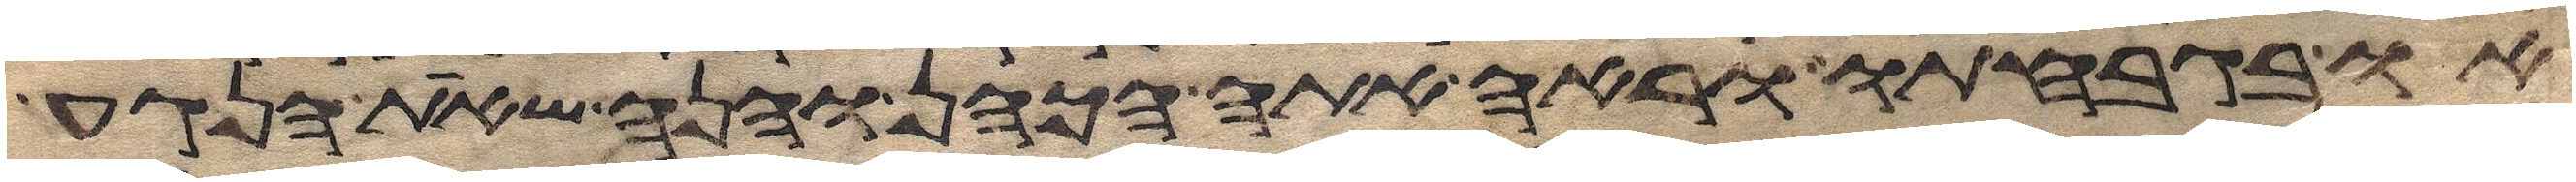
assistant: או בגבחתו וראה אתה הכהן והנה שאת הנגע